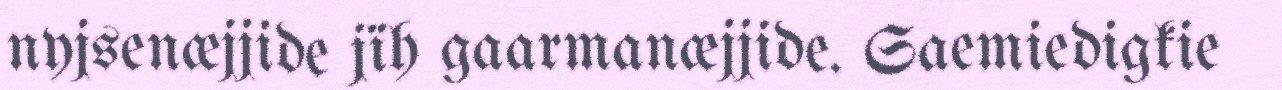
nyjsenæjjide jïh gaarmanæjjide. Saemiedigkie